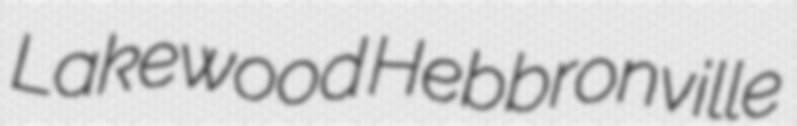
Lakewood Hebbronville